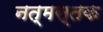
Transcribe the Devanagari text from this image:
नत्मस्तक